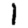
Digit: 1